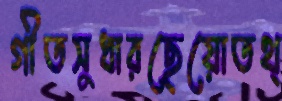
গীতসুধারছেয়োতথ্